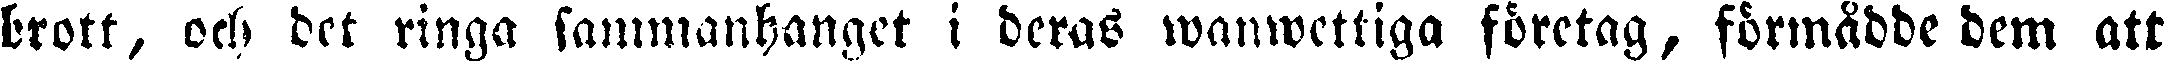
brott, och det ringa sammanhanget i deras wanwettiga företag, förmådde dem att